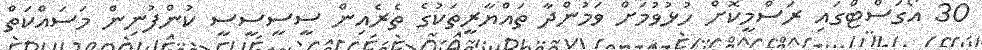
30 އޯގަސްޓްގައި ރަސްމީކޮށް ހުޅުވުމަށް ވަމުންދާ ތައްޔާރީތަކުގެ ތެރެއިން ސީސީސީސީ ކުންފުނިން މަސައްކަތް